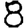
Digit: 8